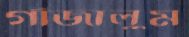
গাঁজালুম